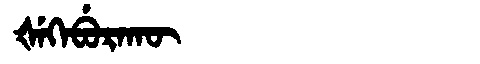
Manchu: ᡧᡝᡴᡝᠪᡠᡵᠠᡴᡡ
Romanization: ŠEKEBURAKŪ